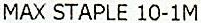
MAX STAPLE 10-1M